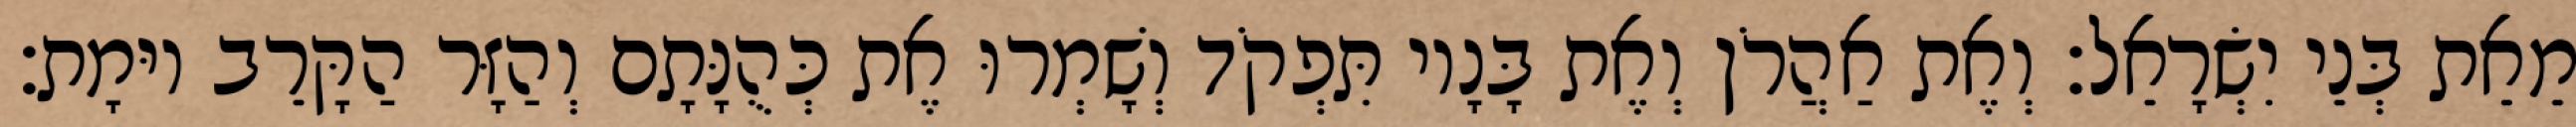
מֵאֵת בְּנֵי יִשְׂרָאֵל׃ וְאֶת אַהֲרֹן וְאֶת בָּנָיו תִּפְקֹד וְשָׁמְרוּ אֶת כְּהֻנָּתָם וְהַזָּר הַקָּרֵב יוּמָת׃